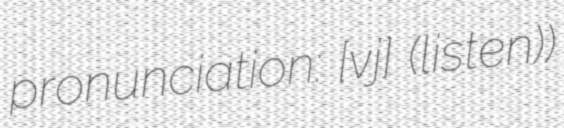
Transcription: pronunciation: [vɛʁjɛʁ] (listen))